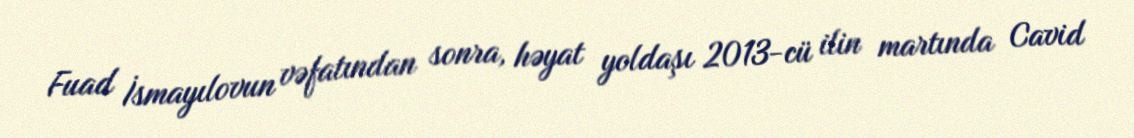
Fuad İsmayılovun vəfatından sonra, həyat yoldaşı 2013-cü ilin martında Cavid